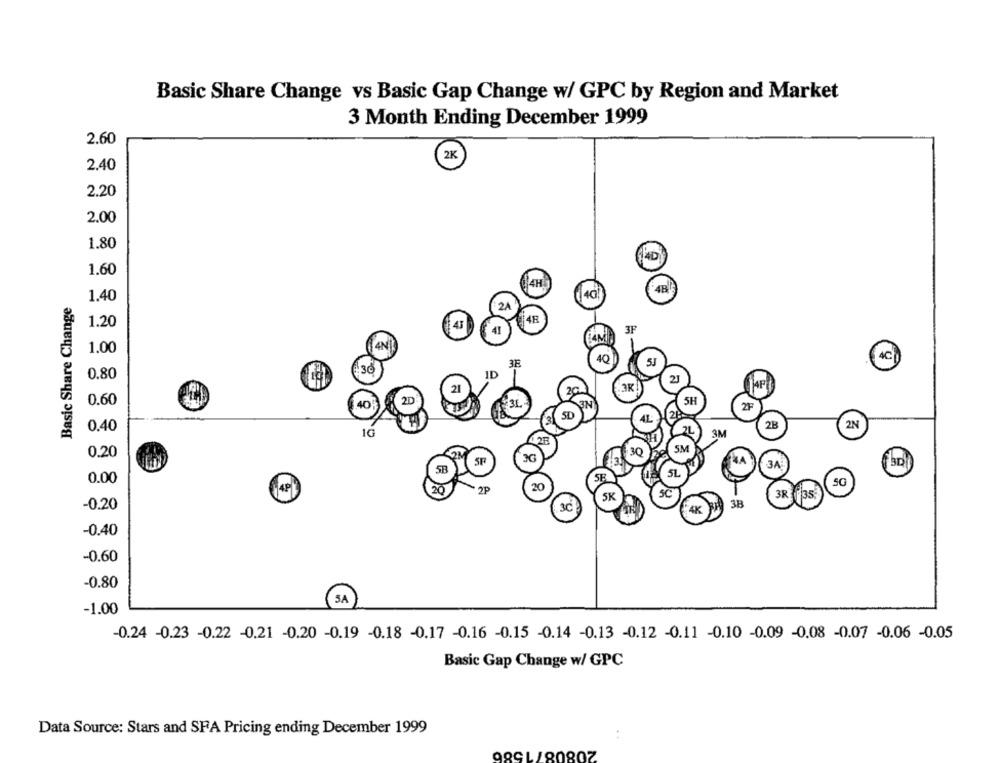
Basic Share Change vs Basic Gap Change w/ GPC by Region and Market
3 Month Ending December 1999
2.60
2K
2.40
2.20
2.00
1.80
4D
1.60
4H
4B
1.40
40
Basic Share Change
2A
4E
1.20
3F
41
1.00
4N
40
3E
5J
(AC)
0.80
30
ID
21
21
3K
AF
201
0.60
2D
3N
5H
2F
SD
41
28
0.40
2B
2N
IG
1 2F
5M
0.20
3G
30
3A
0.00
SE
5L
20
4P
5K
SC
-0.20
-0.40
-0.60
-0.80
SA
-1.00
-0.24 -0.23 -0.22 -0.21 -0.20 -0.19 -0.18 -0.17 -0.16 -0.15 -0.14 -0.13 -0.12 -0.11 -0.10 -0.09 -0.08 -0.07 -0.06 -0.05
Basic Gap Change w/ GPC
Data Source: Stars and SPA Pricing ending December 1999
2080871586